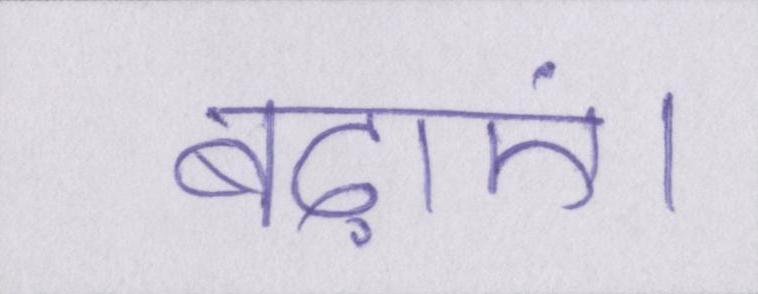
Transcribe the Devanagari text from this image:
बढ़ाएं।